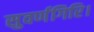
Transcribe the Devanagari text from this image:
सुवर्णगिरि।